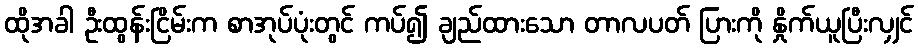
ထိုအခါ ဦးထွန်းငြိမ်းက စာအုပ်ပုံးတွင် ကပ်၍ ချည်ထားသော တာလပတ် ပြားကို နှိုက်ယူပြီးလျှင်